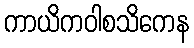
ကာယိကဝါစသိကေန